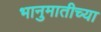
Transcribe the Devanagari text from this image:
भानुमातीच्या